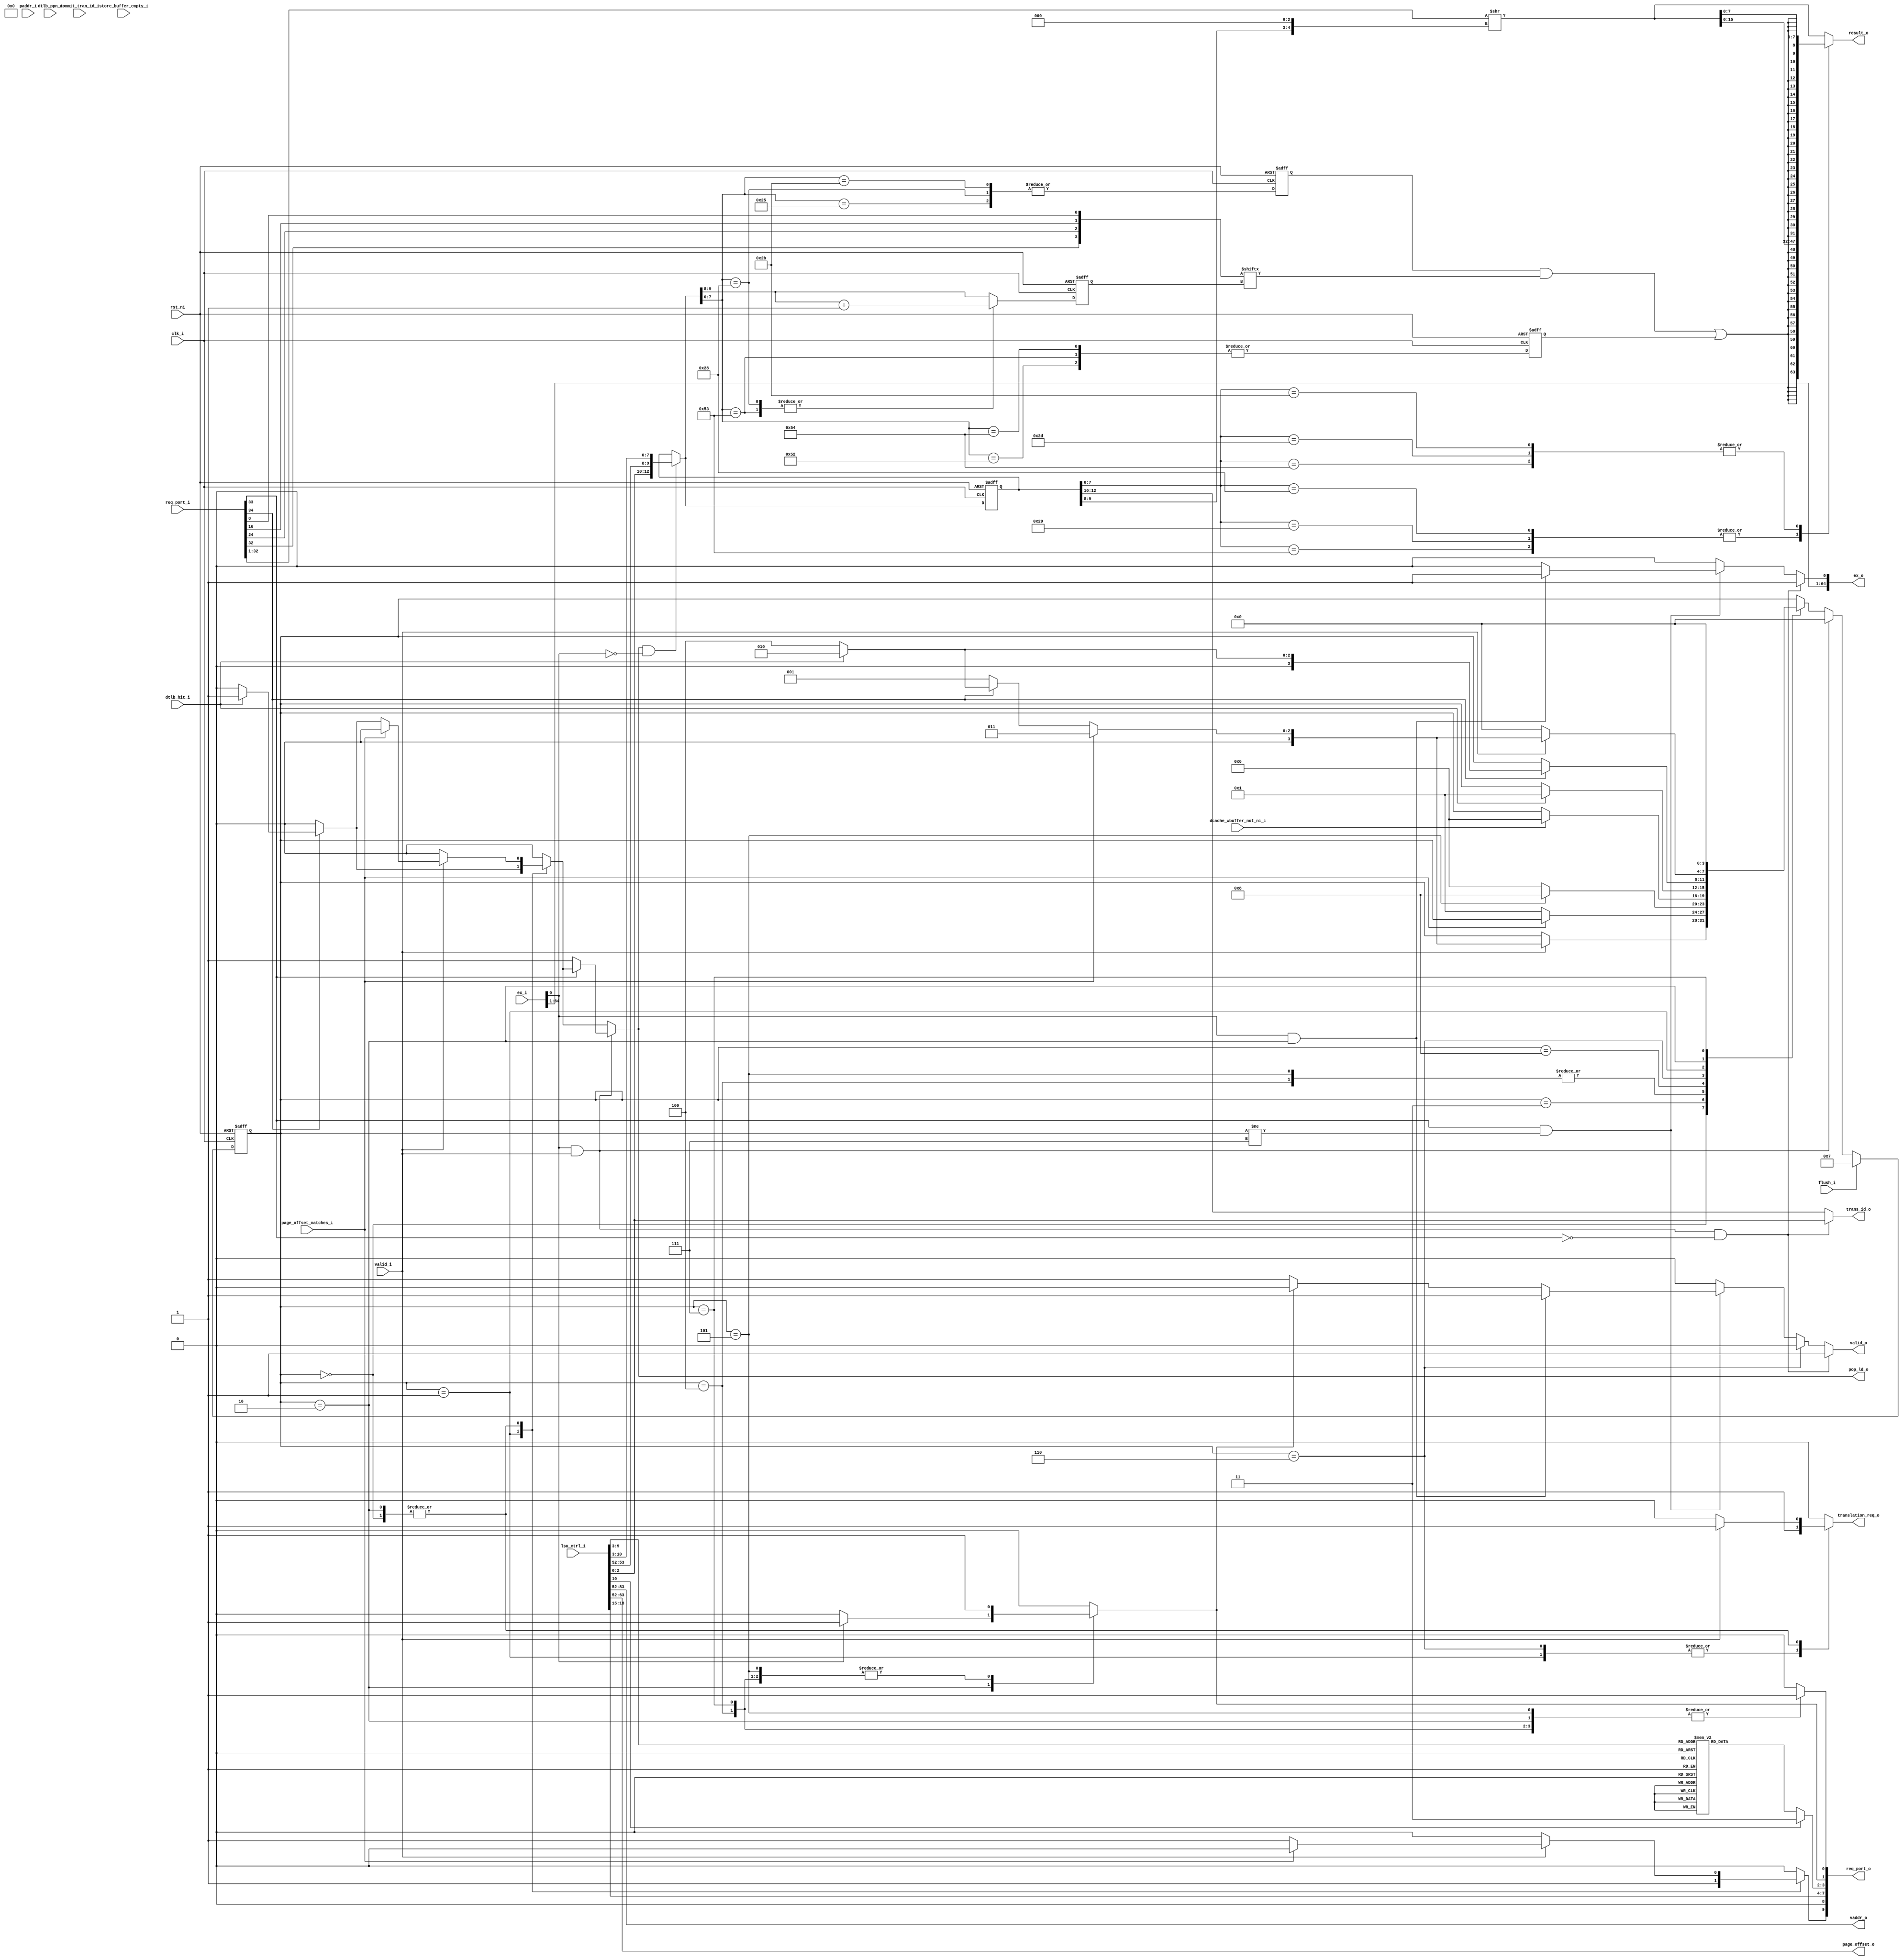
module load_unit (
	clk_i,
	rst_ni,
	flush_i,
	valid_i,
	lsu_ctrl_i,
	pop_ld_o,
	valid_o,
	trans_id_o,
	result_o,
	ex_o,
	translation_req_o,
	vaddr_o,
	paddr_i,
	ex_i,
	dtlb_hit_i,
	dtlb_ppn_i,
	page_offset_o,
	page_offset_matches_i,
	store_buffer_empty_i,
	commit_tran_id_i,
	req_port_i,
	req_port_o,
	dcache_wbuffer_not_ni_i
`ifdef EXPOSE_STATE	
	, load_state_o
`endif
);
	localparam ariane_pkg_NrMaxRules = 16;
	localparam [6433:0] ariane_pkg_ArianeDefaultConfig = 6434'b10000000000000000000000000001000000000000000000000000000001000000000000000000000000000000000000010000000000000000000000000000000000000000000000000000000000000000000000000000000000000000000000000000000000000000000000000000000000000000000000000000000000000000000000000000000000000000000000000000000000000000000000000000000000000000000000000000000000000000000000000000000000000000000000000000000000000000000000000000000000000000000000000000000000000000000000000000000000000000000000000000000000000000000000000000000000000000000000000000000000000000000000000000000000000000000000000000000000000000000000000000000000000000000000000000000000000000000000000000000000000000000000000000000000000000000000000000000000000000000000000000000000000000000000000000000000000000000000000000000000000000000000000000000000000000000000000000000000000000000000000000000000000000000000000000000000000000000000000000000000000000000000000000000000000000000000000000000000000000000000000000000000000000000000000000000000000000000000000000000000000000000000000000000000000000000000000000000000000000000000000000000000000000000000000000000000000000000000000000000000000000000000000000000000000000000000000000000000000000000000000000000000000000000000000000000000000000000000000000000000000000000000000000000000000000000000000000000000000000000000000000000000000000000000000000000000000000000000000000000000000000000000000000000000000000000000000000000000000000000000000000000000000000000000000000000000000000000000000000000000000000000000000000000000000000000000000000000000000000000000000000000000000000000000000000000000000000000000000000000000000000000000000000000000000000000000000000000000000000000000000000000000000000000000000000000000000000000000000000000000000000000000000000000000000000000000000000000000000000000000000000000000000000000000000000000000000000000000000000000000000000000000000000000000000000000000000000000000000000000000000000000000000000000000000000000000000000000000000000000000000000000000000000000000000000000000000000000000000000000000000000000000000000000000000000000000000000000000000000000000000000000000000000000000000000000000000000000000000000000000000000000000000001100000000000000000000000000000000000000000000000000000000000000000000000000000000000000000000000000000000000000000000000000000000000000000000000000000000000000000000000000000000000000000000000000000000000000000000000000000000000000000000000000000000000000000000000000000000000000000000000000000000000000000000000000000000000000000000000000000000000000000000000000000000000000000000000000000000000000000000000000000000000000000000000000000000000000000000000000000000000000000000000000000000000000000000000000000000000000000000000000000000000000000000000000000000000000000000000000000000000000000000000000000000000000000000000000000000000000000000000000000000000000000000000000000000000000000000000000000000000000000000000000000000000000000000000000000000000000000000000000000000000000000000000000000000000000000000000000000000000000000000000000000000000000000000000010000000000000000000000000000000000000000000000000000000000000000000000000000001000000000000000000000000000000000000000000000000000000000000000000000000000000000000000000000000000000000000000000000000000000000000000000000000000000000000000000000000000000000000000000000000000000000000000000000000000000000000000000000000000000000000000000000000000000000000000000000000000000000000000000000000000000000000000000000000000000000000000000000000000000000000000000000000000000000000000000000000000000000000000000000000000000000000000000000000000000000000000000000000000000000000000000000000000000000000000000000000000000000000000000000000000000000000000000000000000000000000000000000000000000000000000000000000000000000000000000000000000000000000000000000000000000000000000000000000000000000000000000000000000000000000000000000000000000000000000000000000000000000000000000000000000000000000000000000000000000000000000000000000000000000000000000000000000000000000000000000000000000000000000000000000000000000000000000000000000000000100000000000000000000000000000000000000000000000000000000000000000000000000000100000000000000000000000000000000000000000000000000000000000000000001000000000000000000000000000000000000000000010000000000000000000000000000000000000000000000000000000000000000000000000000000000000000000000000000000000000000000000000000000000000000000000000000000000000000000000000000000000000000000000000000000000000000000000000000000000000000000000000000000000000000000000000000000000000000000000000000000000000000000000000000000000000000000000000000000000000000000000000000000000000000000000000000000000000000000000000000000000000000000000000000000000000000000000000000000000000000000000000000000000000000000000000000000000000000000000000000000000000000000000000000000000000000000000000000000000000000000000000000000000000000000000000000000000000000000000000000000000000000000000000000000000000000000000000000000000000000000000000000000000000000000000000000000000000000000000000000000000000000000000000000000000000000000000000000000000000000000000000000000000000000000000000000000000000000000000000000000000000000000000000000000000000000000000000000000000000000000000000000000000000000000000000000000010000000000000000000000000000000000000000000000000000000000000000000000000000000000000000000000000000000000000000000000000000000000000000000000000000000000000000000000000000000000000000000000000000000000000000000000000000000000000000000000000000000000000000000000000000000000000000000000000000000000000000000000000000000000000000000000000000000000000000000000000000000000000000000000000000000000000000000000000000000000000000000000000000000000000000000000000000000000000000000000000000000000000000000000000000000000000000000000000000000000000000000000000000000000000000000000000000000000000000000000000000000000000000000000000000000000000000000000000000000000000000000000000000000000000000000000000000000000000000000000000000000000000000000000000000000000000000000000000000000000000000000000000000000000000000000000000000000000000000000000000000000000000000000000000000000000000000000000000000000000000000000000000000000000000000000000000000000000000000000000000000000000000000000000000000000000000000000000000000000000000000100000000000000000000000000000010000000000000000000000000000000000000000000000000000000000000000000000000000000000000000000001000;
	parameter [6433:0] ArianeCfg = ariane_pkg_ArianeDefaultConfig;
	input wire clk_i;
	input wire rst_ni;
	input wire flush_i;
	input wire valid_i;
	localparam ariane_pkg_NR_SB_ENTRIES = 8;
	localparam ariane_pkg_TRANS_ID_BITS = 3;
	localparam cva6_config_pkg_CVA6ConfigXlen = 32;
	localparam riscv_XLEN = cva6_config_pkg_CVA6ConfigXlen;
	localparam riscv_VLEN = 32;
	input wire [84:0] lsu_ctrl_i;
	output reg pop_ld_o;
	output reg valid_o;
	output reg [2:0] trans_id_o;
	output reg [31:0] result_o;
	output reg [64:0] ex_o;
	output reg translation_req_o;
	output wire [31:0] vaddr_o;
	localparam riscv_PLEN = 34;
	input wire [33:0] paddr_i;
	input wire [64:0] ex_i;
	input wire dtlb_hit_i;
	localparam riscv_PPNW = 22;
	input wire [21:0] dtlb_ppn_i;
	output wire [11:0] page_offset_o;
	input wire page_offset_matches_i;
	input wire store_buffer_empty_i;
	input wire [2:0] commit_tran_id_i;
	localparam cva6_config_pkg_CVA6ConfigDataUserEn = 0;
	localparam cva6_config_pkg_CVA6ConfigDataUserWidth = cva6_config_pkg_CVA6ConfigXlen;
	localparam ariane_pkg_DATA_USER_WIDTH = 1;
	localparam [31:0] ariane_pkg_DCACHE_USER_WIDTH = ariane_pkg_DATA_USER_WIDTH;
	input wire [34:0] req_port_i;
	localparam [31:0] ariane_pkg_CONFIG_L1D_SIZE = 32768;
	localparam [31:0] ariane_pkg_DCACHE_SET_ASSOC = 8;
	localparam [31:0] ariane_pkg_DCACHE_INDEX_WIDTH = $clog2(32'd32768 / 32'd8);
	localparam [31:0] ariane_pkg_DCACHE_TAG_WIDTH = riscv_PLEN - ariane_pkg_DCACHE_INDEX_WIDTH;
	output reg [(((ariane_pkg_DCACHE_INDEX_WIDTH + ariane_pkg_DCACHE_TAG_WIDTH) + riscv_XLEN) + ariane_pkg_DCACHE_USER_WIDTH) + 9:0] req_port_o;
	input wire dcache_wbuffer_not_ni_i;
	reg [3:0] state_d;
	reg [3:0] state_q;
	localparam riscv_XLEN_ALIGN_BYTES = 2;
	reg [12:0] load_data_d;
	reg [12:0] load_data_q;
	wire [12:0] in_data;
	assign page_offset_o = lsu_ctrl_i[63:52];
	assign vaddr_o = lsu_ctrl_i[83-:32];
	wire [1:1] sv2v_tmp_52ECA;
	assign sv2v_tmp_52ECA = 1'b0;
	always @(*) req_port_o[8] = sv2v_tmp_52ECA;
	wire [32:1] sv2v_tmp_82AC4;
	assign sv2v_tmp_82AC4 = 1'sb0;
	always @(*) req_port_o[42-:32] = sv2v_tmp_82AC4;
	assign in_data = {lsu_ctrl_i[2-:ariane_pkg_TRANS_ID_BITS], lsu_ctrl_i[53:52], lsu_ctrl_i[10-:8]};
	wire [((ariane_pkg_DCACHE_INDEX_WIDTH + (ariane_pkg_DCACHE_TAG_WIDTH + 42)) >= (ariane_pkg_DCACHE_TAG_WIDTH + 43) ? ((ariane_pkg_DCACHE_INDEX_WIDTH + (ariane_pkg_DCACHE_TAG_WIDTH + 42)) - (ariane_pkg_DCACHE_TAG_WIDTH + 43)) + 1 : ((ariane_pkg_DCACHE_TAG_WIDTH + 43) - (ariane_pkg_DCACHE_INDEX_WIDTH + (ariane_pkg_DCACHE_TAG_WIDTH + 42))) + 1) * 1:1] sv2v_tmp_0A7E4;
	assign sv2v_tmp_0A7E4 = lsu_ctrl_i[51 + ariane_pkg_DCACHE_INDEX_WIDTH:52];
	always @(*) req_port_o[ariane_pkg_DCACHE_INDEX_WIDTH + (ariane_pkg_DCACHE_TAG_WIDTH + 42)-:((ariane_pkg_DCACHE_INDEX_WIDTH + (ariane_pkg_DCACHE_TAG_WIDTH + 42)) >= (ariane_pkg_DCACHE_TAG_WIDTH + 43) ? ((ariane_pkg_DCACHE_INDEX_WIDTH + (ariane_pkg_DCACHE_TAG_WIDTH + 42)) - (ariane_pkg_DCACHE_TAG_WIDTH + 43)) + 1 : ((ariane_pkg_DCACHE_TAG_WIDTH + 43) - (ariane_pkg_DCACHE_INDEX_WIDTH + (ariane_pkg_DCACHE_TAG_WIDTH + 42))) + 1)] = sv2v_tmp_0A7E4;
	wire [((ariane_pkg_DCACHE_TAG_WIDTH + 42) >= 43 ? ariane_pkg_DCACHE_TAG_WIDTH : 44 - (ariane_pkg_DCACHE_TAG_WIDTH + 42)) * 1:1] sv2v_tmp_500C1;
	assign sv2v_tmp_500C1 = paddr_i[(ariane_pkg_DCACHE_TAG_WIDTH + ariane_pkg_DCACHE_INDEX_WIDTH) - 1:ariane_pkg_DCACHE_INDEX_WIDTH];
	always @(*) req_port_o[ariane_pkg_DCACHE_TAG_WIDTH + 42-:((ariane_pkg_DCACHE_TAG_WIDTH + 42) >= 43 ? ariane_pkg_DCACHE_TAG_WIDTH : 44 - (ariane_pkg_DCACHE_TAG_WIDTH + 42))] = sv2v_tmp_500C1;
	wire [32:1] sv2v_tmp_C5B66;
	assign sv2v_tmp_C5B66 = ex_i[64-:32];
	always @(*) ex_o[64-:32] = sv2v_tmp_C5B66;
	wire [32:1] sv2v_tmp_39B40;
	assign sv2v_tmp_39B40 = ex_i[32-:32];
	always @(*) ex_o[32-:32] = sv2v_tmp_39B40;
	wire paddr_ni;
	wire not_commit_time;
	wire inflight_stores;
	wire stall_ni;

`ifdef EXPOSE_STATE
	output wire [1:0] load_state_o;
	assign load_state_o = state_q[1:0];
`endif

	function automatic [64:0] sv2v_cast_65;
		input reg [64:0] inp;
		sv2v_cast_65 = inp;
	endfunction
	function automatic ariane_pkg_range_check;
		input reg [63:0] base;
		input reg [63:0] len;
		input reg [63:0] address;
		ariane_pkg_range_check = (address >= base) && (address < (sv2v_cast_65(base) + len));
	endfunction
	function automatic ariane_pkg_is_inside_nonidempotent_regions;
		input reg [6433:0] Cfg;
		input reg [63:0] address;
		reg [15:0] pass;
		begin
			pass = 1'sb0;
			begin : sv2v_autoblock_1
				reg [31:0] k;
				for (k = 0; k < Cfg[6337-:32]; k = k + 1)
					pass[k] = ariane_pkg_range_check(Cfg[5282 + (k * 64)+:64], Cfg[4258 + (k * 64)+:64], address);
			end
			ariane_pkg_is_inside_nonidempotent_regions = |pass;
		end
	endfunction
	assign paddr_ni = 0; // ariane_pkg_is_inside_nonidempotent_regions(ArianeCfg, {dtlb_ppn_i, 12'd0});
	assign not_commit_time = commit_tran_id_i != lsu_ctrl_i[2-:ariane_pkg_TRANS_ID_BITS];
	assign inflight_stores = !dcache_wbuffer_not_ni_i || !store_buffer_empty_i;
	assign stall_ni = (inflight_stores || not_commit_time) && paddr_ni;
	function automatic [1:0] ariane_pkg_extract_transfer_size;
		input reg [7:0] op;
		case (op)
			8'd35, 8'd36, 8'd81, 8'd85, 8'd47, 8'd49, 8'd59, 8'd60, 8'd61, 8'd62, 8'd63, 8'd64, 8'd65, 8'd66, 8'd67: ariane_pkg_extract_transfer_size = 2'b11;
			8'd37, 8'd38, 8'd39, 8'd82, 8'd86, 8'd46, 8'd48, 8'd50, 8'd51, 8'd52, 8'd53, 8'd54, 8'd55, 8'd56, 8'd57, 8'd58: ariane_pkg_extract_transfer_size = 2'b10;
			8'd40, 8'd41, 8'd42, 8'd83, 8'd87: ariane_pkg_extract_transfer_size = 2'b01;
			8'd43, 8'd45, 8'd44, 8'd84, 8'd88: ariane_pkg_extract_transfer_size = 2'b00;
			default: ariane_pkg_extract_transfer_size = 2'b11;
		endcase
	endfunction
	always @(*) begin : load_control
		state_d = state_q;
		load_data_d = load_data_q;
		translation_req_o = 1'b0;
		req_port_o[9] = 1'b0;
		req_port_o[1] = 1'b0;
		req_port_o[0] = 1'b0;
		req_port_o[7-:4] = lsu_ctrl_i[18-:4];
		req_port_o[3-:2] = ariane_pkg_extract_transfer_size(lsu_ctrl_i[10-:8]);
		pop_ld_o = 1'b0;
		case (state_q)
			4'd0:
				if (valid_i) begin
					translation_req_o = 1'b1;
					if (!page_offset_matches_i) begin
						req_port_o[9] = 1'b1;
						if (!req_port_i[34])
							state_d = 4'd1;
						else if (dtlb_hit_i && !stall_ni) begin
							state_d = 4'd2;
							pop_ld_o = 1'b1;
						end
						else if (dtlb_hit_i && stall_ni)
							state_d = 4'd5;
						else
							state_d = 4'd4;
					end
					else
						state_d = 4'd3;
				end
			4'd3:
				if (!page_offset_matches_i)
					state_d = 4'd1;
			4'd4, 4'd5: begin
				req_port_o[1] = 1'b1;
				req_port_o[0] = 1'b1;
				state_d = (state_q == 4'd5 ? 4'd8 : 4'd6);
			end
			4'd8:
				if (dcache_wbuffer_not_ni_i)
					state_d = 4'd6;
			4'd6: begin
				translation_req_o = 1'b1;
				if (dtlb_hit_i)
					state_d = 4'd1;
			end
			4'd1: begin
				translation_req_o = 1'b1;
				req_port_o[9] = 1'b1;
				if (req_port_i[34])
					if (dtlb_hit_i && !stall_ni) begin
						state_d = 4'd2;
						pop_ld_o = 1'b1;
					end
					else if (dtlb_hit_i && stall_ni)
						state_d = 4'd5;
					else
						state_d = 4'd4;
			end
			4'd2: begin
				req_port_o[0] = 1'b1;
				state_d = 4'd0;
				if (valid_i) begin
					translation_req_o = 1'b1;
					if (!page_offset_matches_i) begin
						req_port_o[9] = 1'b1;
						if (!req_port_i[34])
							state_d = 4'd1;
						else if (dtlb_hit_i && !stall_ni) begin
							state_d = 4'd2;
							pop_ld_o = 1'b1;
						end
						else if (dtlb_hit_i && stall_ni)
							state_d = 4'd5;
						else
							state_d = 4'd4;
					end
					else
						state_d = 4'd3;
				end
				if (ex_i[0])
					req_port_o[1] = 1'b1;
			end
			4'd7: begin
				req_port_o[1] = 1'b1;
				req_port_o[0] = 1'b1;
				state_d = 4'd0;
			end
		endcase
		if (ex_i[0] && valid_i) begin
			state_d = 4'd0;
			if (!req_port_i[33])
				pop_ld_o = 1'b1;
		end
		if (pop_ld_o && !ex_i[0])
			load_data_d = in_data;
		if (flush_i)
			state_d = 4'd7;
	end
	always @(*) begin : rvalid_output
		valid_o = 1'b0;
		ex_o[0] = 1'b0;
		trans_id_o = load_data_q[12-:3];
		if (req_port_i[33] && (state_q != 4'd7)) begin
			if (!req_port_o[1])
				valid_o = 1'b1;
			if (ex_i[0] && (state_q == 4'd2)) begin
				valid_o = 1'b1;
				ex_o[0] = 1'b1;
			end
		end
		if ((valid_i && ex_i[0]) && !req_port_i[33]) begin
			valid_o = 1'b1;
			ex_o[0] = 1'b1;
			trans_id_o = lsu_ctrl_i[2-:ariane_pkg_TRANS_ID_BITS];
		end
		else if (state_q == 4'd6)
			valid_o = 1'b0;
	end
	always @(posedge clk_i or negedge rst_ni)
		if (~rst_ni) begin
			state_q <= 4'd0;
			load_data_q <= 1'sb0;
		end
		else begin
			state_q <= state_d;
			load_data_q <= load_data_d;
		end
	wire [31:0] shifted_data;
	assign shifted_data = req_port_i[32-:32] >> {load_data_q[9-:2], 3'b000};
	wire [3:0] sign_bits;
	wire [1:0] idx_d;
	reg [1:0] idx_q;
	wire sign_bit;
	wire signed_d;
	reg signed_q;
	wire fp_sign_d;
	reg fp_sign_q;
	assign signed_d = |{load_data_d[7-:8] == 8'd37, load_data_d[7-:8] == 8'd40, load_data_d[7-:8] == 8'd43};
	assign fp_sign_d = |{load_data_d[7-:8] == 8'd82, load_data_d[7-:8] == 8'd83, load_data_d[7-:8] == 8'd84};
	localparam riscv_IS_XLEN64 = 1'b0;
	assign idx_d = (|{load_data_d[7-:8] == 8'd37, load_data_d[7-:8] == 8'd82} & riscv_IS_XLEN64 ? load_data_d[9-:2] + 3 : (|{load_data_d[7-:8] == 8'd40, load_data_d[7-:8] == 8'd83} ? load_data_d[9-:2] + 1 : load_data_d[9-:2]));
	genvar i;
	generate
		for (i = 0; i < 4; i = i + 1) begin : gen_sign_bits
			assign sign_bits[i] = req_port_i[0 + ((i + 1) * 8)];
		end
	endgenerate
	assign sign_bit = (signed_q & sign_bits[idx_q]) | fp_sign_q;
	always @(*)
		case (load_data_q[7-:8])
			8'd37, 8'd38, 8'd82: result_o = {shifted_data[31:0]};
			8'd40, 8'd41, 8'd83: result_o = {{16 {sign_bit}}, shifted_data[15:0]};
			8'd43, 8'd45, 8'd84: result_o = {{24 {sign_bit}}, shifted_data[7:0]};
			default: result_o = shifted_data[31:0];
		endcase
	always @(posedge clk_i or negedge rst_ni) begin : p_regs
		if (~rst_ni) begin
			idx_q <= 0;
			signed_q <= 0;
			fp_sign_q <= 0;
		end
		else begin
			idx_q <= idx_d;
			signed_q <= signed_d;
			fp_sign_q <= fp_sign_d;
		end
	end
endmodule